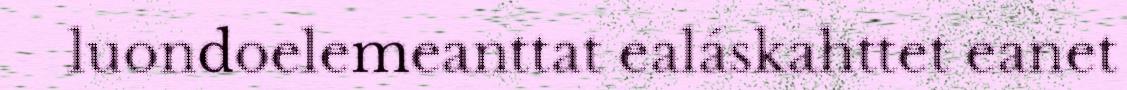
luondoelemeanttat ealáskahttet eanet